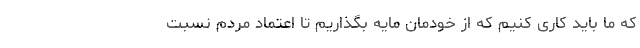
که ما باید کاری کنیم که از خودمان مایه بگذاریم تا اعتماد مردم نسبت